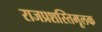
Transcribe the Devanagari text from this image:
राजप्रशस्तिमूलक